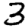
Digit: 3